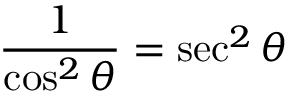
{ \frac { 1 } { \cos ^ { 2 } \theta } } = \sec ^ { 2 } \theta